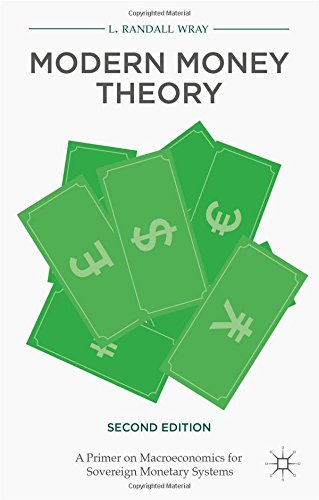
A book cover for Modern Money Theory: A Primer on Macroeconomics for Sovereign Monetary Systems, Second Edition; L. Randall Wray; Business & Money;